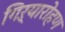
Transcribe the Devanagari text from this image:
गिऱ्यारोहण